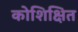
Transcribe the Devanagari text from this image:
कोशिक्षित